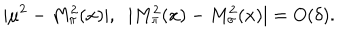
| \mu ^ { 2 } - M _ { \pi } ^ { 2 } ( x ) | , \; \; | M _ { \pi } ^ { 2 } ( x ) - M _ { \sigma } ^ { 2 } ( x ) | = O ( \delta ) .